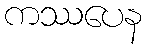
ကဿပေန